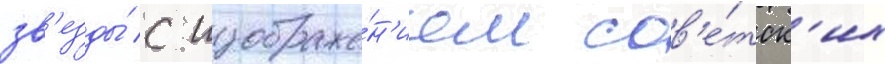
зв'езды́ с изображе́н'ием сов'е́тск'их